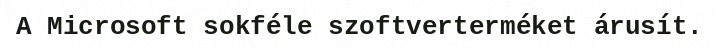
A Microsoft sokféle szoftverterméket árusít.